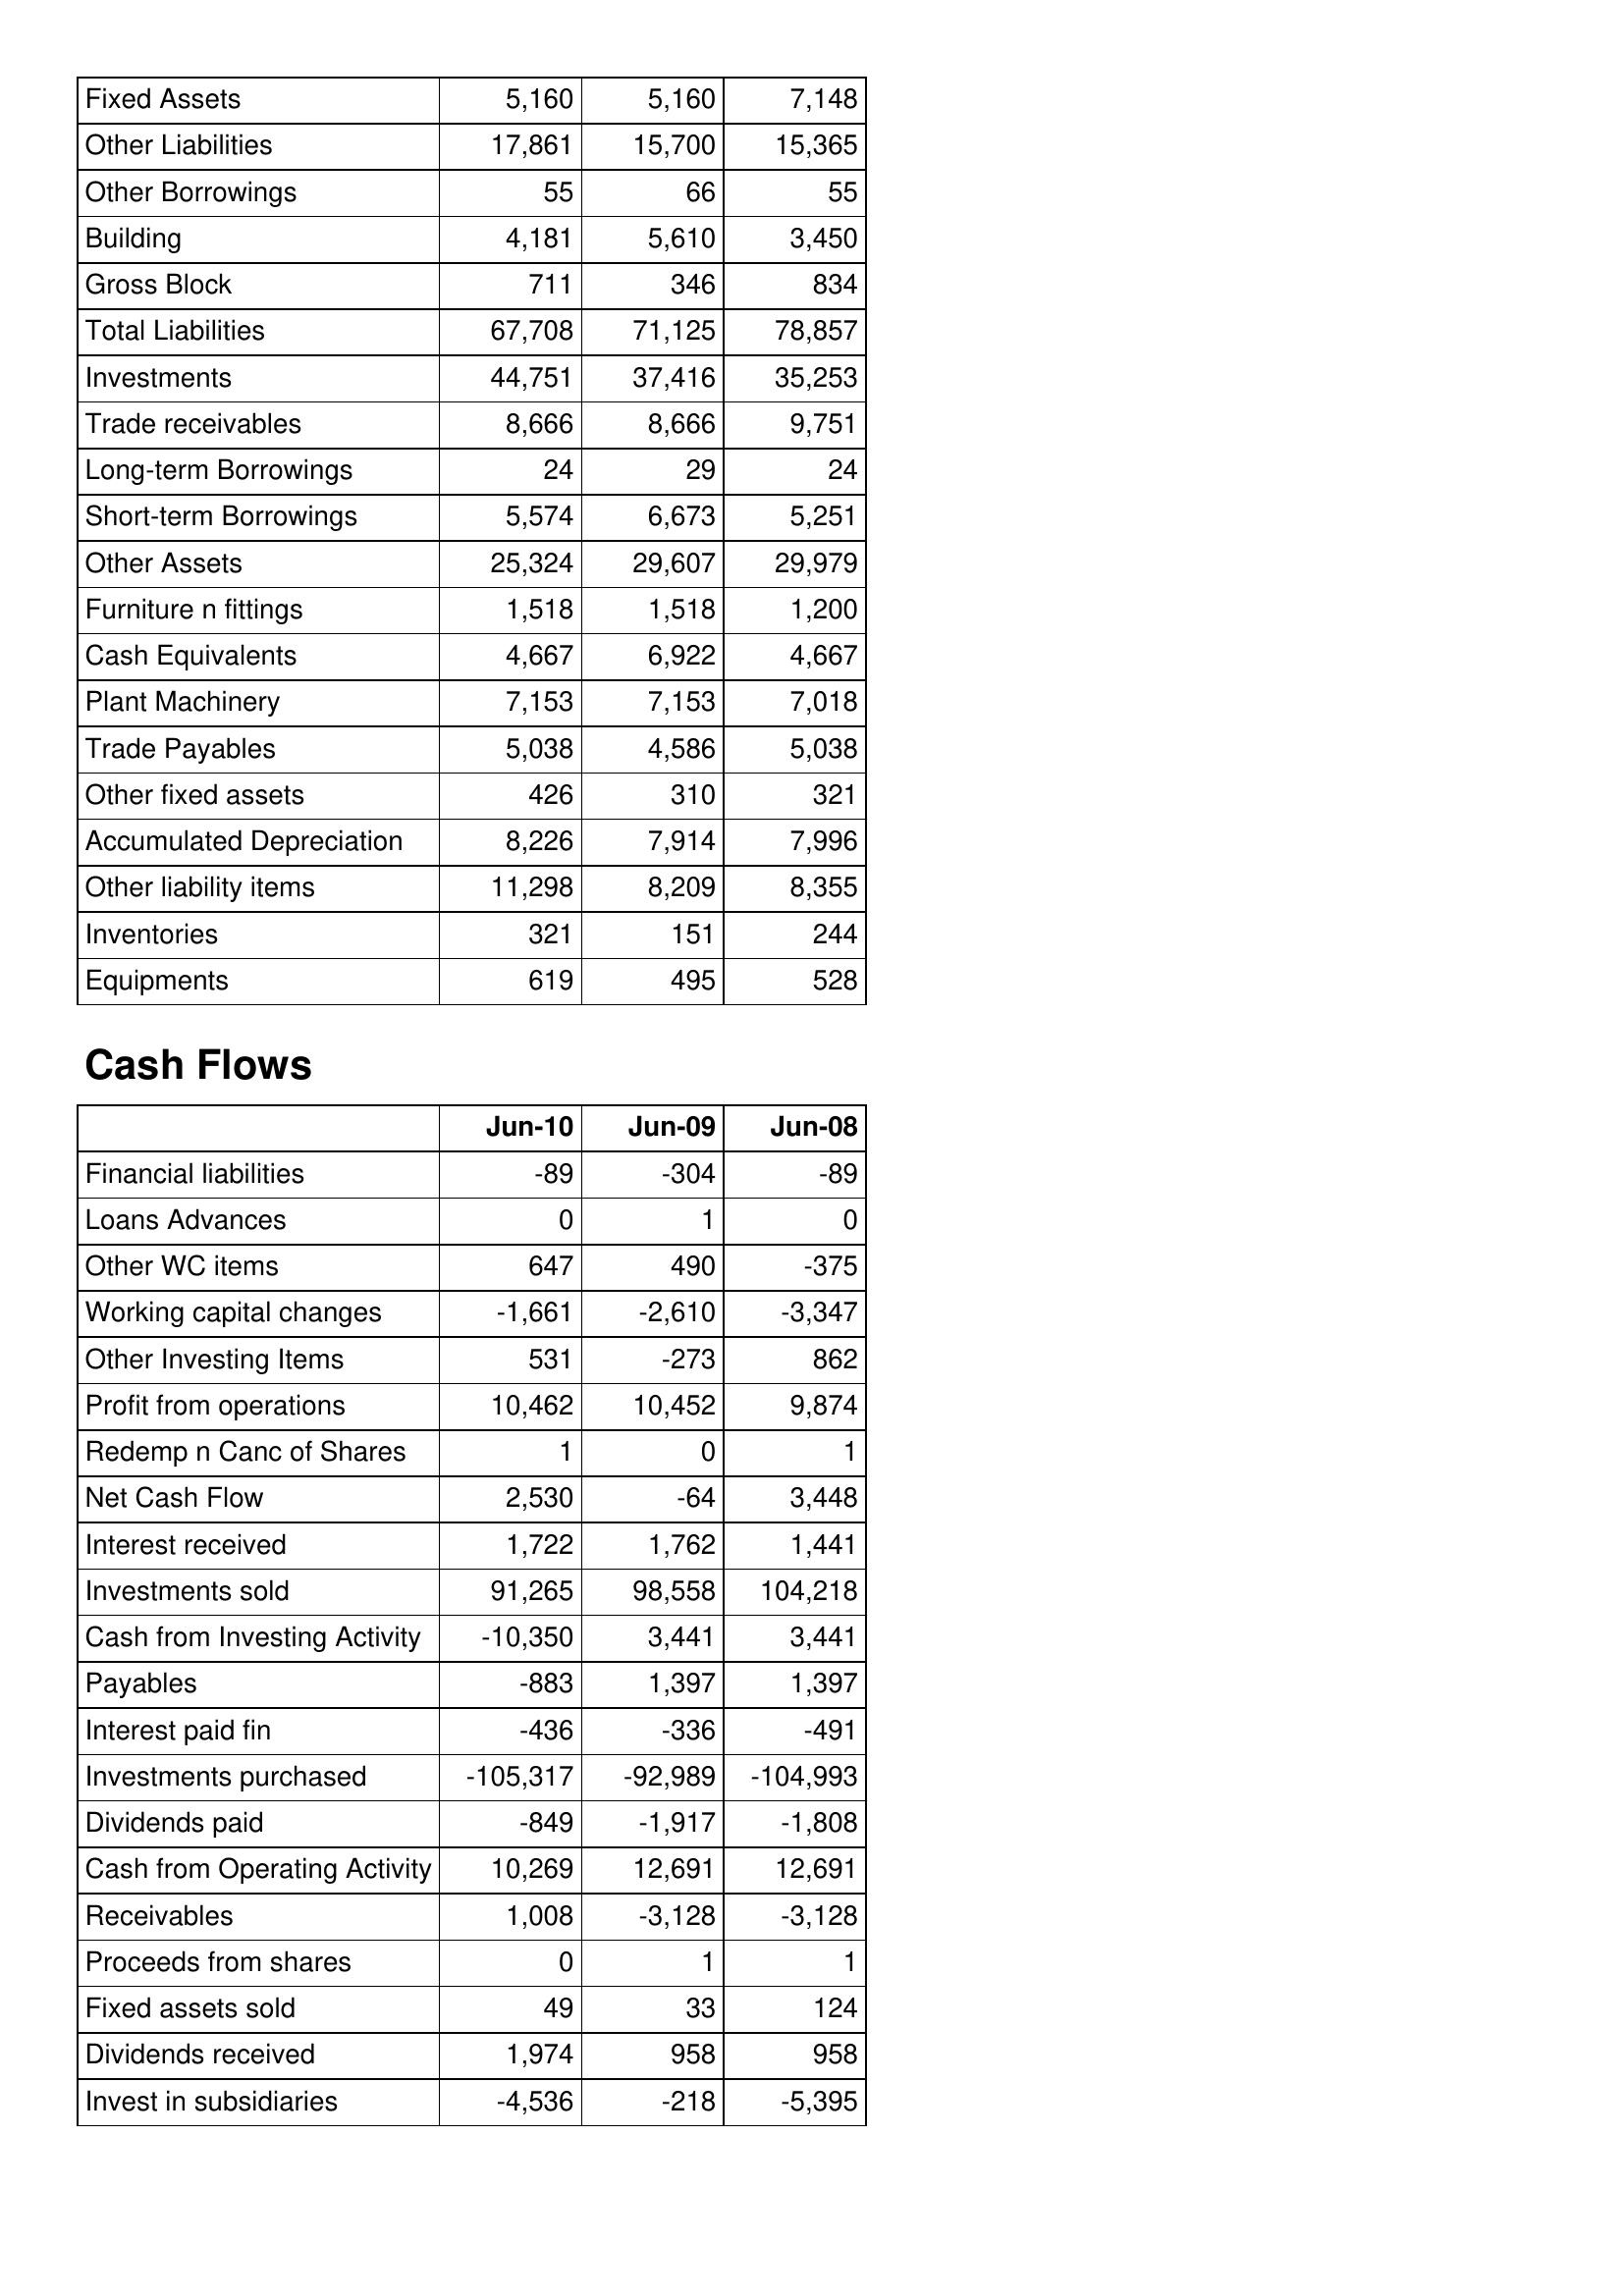
Jun-10: Balance Sheet: Fixed Assets: 5,160
Other Liabilities: 17,861
Other Borrowings: 55
Building: 4,181
Gross Block: 711
Total Liabilities: 67,708
Investments: 44,751
Trade receivables: 8,666
Long-term Borrowings: 24
Short-term Borrowings: 5,574
Other Assets: 25,324
Furniture n fittings: 1,518
Cash Equivalents: 4,667
Plant Machinery: 7,153
Trade Payables: 5,038
Other fixed assets: 426
Accumulated Depreciation: 8,226
Other liability items: 11,298
Inventories: 321
Equipments: 619
Cash Flows: Financial liabilities: -89
Loans Advances: 0
Other WC items: 647
Working capital changes: -1,661
Other Investing Items: 531
Profit from operations: 10,462
Redemp n Canc of Shares: 1
Net Cash Flow: 2,530
Interest received: 1,722
Investments sold: 91,265
Cash from Investing Activity: -10,350
Payables: -883
Interest paid fin: -436
Investments purchased: -105,317
Dividends paid: -849
Cash from Operating Activity: 10,269
Receivables: 1,008
Proceeds from shares: 0
Fixed assets sold: 49
Dividends received: 1,974
Invest in subsidiaries: -4,536
Jun-09: Balance Sheet: Fixed Assets: 5,160
Other Liabilities: 15,700
Other Borrowings: 66
Building: 5,610
Gross Block: 346
Total Liabilities: 71,125
Investments: 37,416
Trade receivables: 8,666
Long-term Borrowings: 29
Short-term Borrowings: 6,673
Other Assets: 29,607
Furniture n fittings: 1,518
Cash Equivalents: 6,922
Plant Machinery: 7,153
Trade Payables: 4,586
Other fixed assets: 310
Accumulated Depreciation: 7,914
Other liability items: 8,209
Inventories: 151
Equipments: 495
Cash Flows: Financial liabilities: -304
Loans Advances: 1
Other WC items: 490
Working capital changes: -2,610
Other Investing Items: -273
Profit from operations: 10,452
Redemp n Canc of Shares: 0
Net Cash Flow: -64
Interest received: 1,762
Investments sold: 98,558
Cash from Investing Activity: 3,441
Payables: 1,397
Interest paid fin: -336
Investments purchased: -92,989
Dividends paid: -1,917
Cash from Operating Activity: 12,691
Receivables: -3,128
Proceeds from shares: 1
Fixed assets sold: 33
Dividends received: 958
Invest in subsidiaries: -218
Jun-08: Balance Sheet: Fixed Assets: 7,148
Other Liabilities: 15,365
Other Borrowings: 55
Building: 3,450
Gross Block: 834
Total Liabilities: 78,857
Investments: 35,253
Trade receivables: 9,751
Long-term Borrowings: 24
Short-term Borrowings: 5,251
Other Assets: 29,979
Furniture n fittings: 1,200
Cash Equivalents: 4,667
Plant Machinery: 7,018
Trade Payables: 5,038
Other fixed assets: 321
Accumulated Depreciation: 7,996
Other liability items: 8,355
Inventories: 244
Equipments: 528
Cash Flows: Financial liabilities: -89
Loans Advances: 0
Other WC items: -375
Working capital changes: -3,347
Other Investing Items: 862
Profit from operations: 9,874
Redemp n Canc of Shares: 1
Net Cash Flow: 3,448
Interest received: 1,441
Investments sold: 104,218
Cash from Investing Activity: 3,441
Payables: 1,397
Interest paid fin: -491
Investments purchased: -104,993
Dividends paid: -1,808
Cash from Operating Activity: 12,691
Receivables: -3,128
Proceeds from shares: 1
Fixed assets sold: 124
Dividends received: 958
Invest in subsidiaries: -5,395